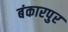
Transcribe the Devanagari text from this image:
बंकारपुर